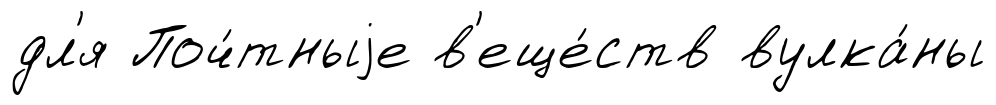
дл'я Поч́тныjе в'еще́ств вулка́ны